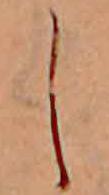
し